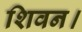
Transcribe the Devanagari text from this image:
शिवन।